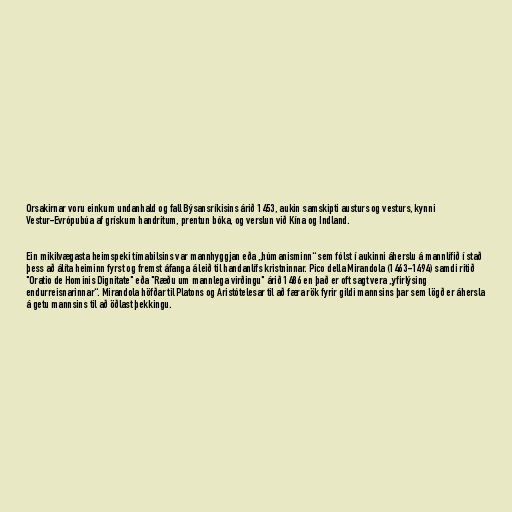
Orsakirnar voru einkum undanhald og fall Býsansríkisins árið 1453, aukin samskipti austurs og vesturs, kynni
Vestur-Evrópubúa af grískum handritum, prentun bóka, og verslun við Kína og Indland.

Ein mikilvægasta heimspeki tímabilsins var mannhyggjan eða „húmanisminn“ sem fólst í aukinni áherslu á mannlífið í stað
þess að álíta heiminn fyrst og fremst áfanga á leið til handanlífs kristninnar. Pico della Mirandola (1463-1494) samdi ritið
"Oratio de Hominis Dignitate" eða "Ræðu um mannlega virðingu" árið 1486 en það er oft sagt vera „yfirlýsing
endurreisnarinnar“. Mirandola höfðar til Platons og Aristótelesar til að færa rök fyrir gildi mannsins þar sem lögð er áhersla
á getu mannsins til að öðlast þekkingu.